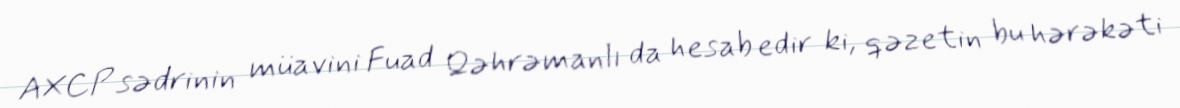
AXCP sədrinin müavini Fuad Qəhrəmanlı da hesab edir ki, qəzetin bu hərəkəti